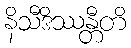
နိသီဒိဿန္တီတိ